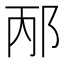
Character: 邴